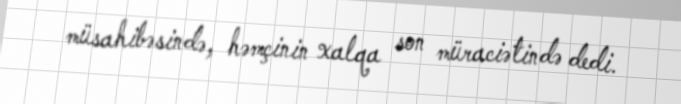
müsahibəsində, həmçinin xalqa son müraciətində dedi.